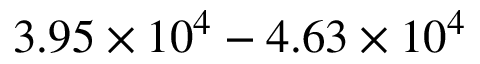
3 . 9 5 \times 1 0 ^ { 4 } - 4 . 6 3 \times 1 0 ^ { 4 }